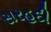
સરહદી